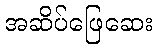
အဆိပ်ဖြေဆေး